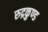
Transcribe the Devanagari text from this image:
रुद्रकुण्ड